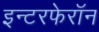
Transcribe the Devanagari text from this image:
इन्टरफेरॉन